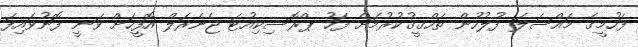
ފަހުމީގެ މައްސަލަ ފުލުހުން ތަހްގީގުކުރުމަށް ފަހު ޕްރޮސިކިއުޓަ ޖެނެރަލް އޮފީހަށް ވަނީ ފޮނުވައިފަ